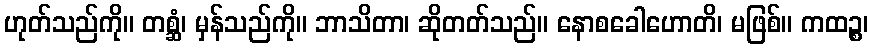
ဟုတ်သည်ကို။ တစ္ဆံ၊ မှန်သည်ကို။ ဘာသိတာ၊ ဆိုတတ်သည်။ နောစခေါဟောတိ၊ မဖြစ်။ ကထဉ္စ၊